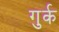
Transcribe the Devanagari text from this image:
गुर्क